Report of the Municipal Commissioner on the plague in Bombay for the year ending 31st May... - Volume 1
Disease focus: Plague
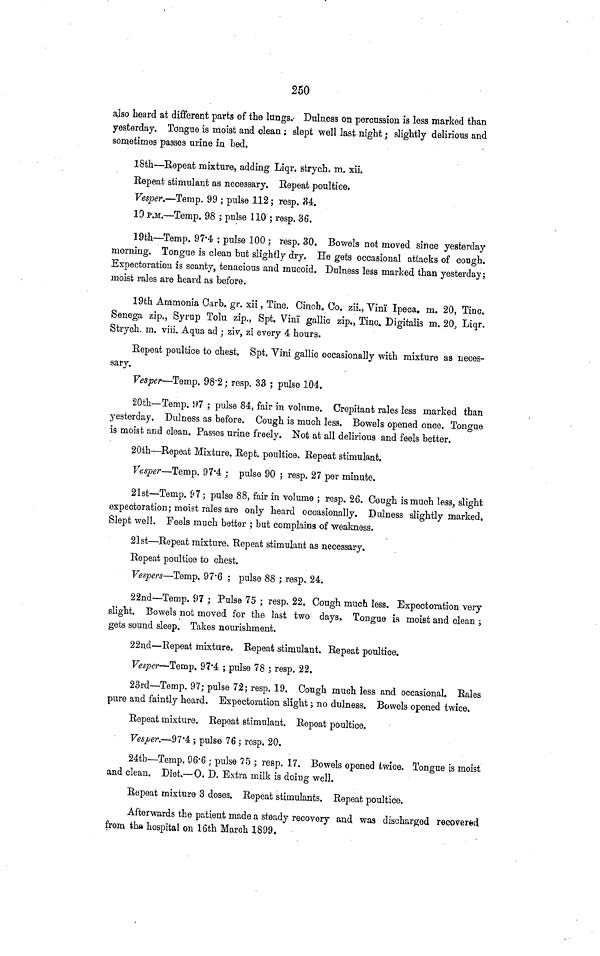
250
also heard at different parts of the lungs. Dulness on percussion is less marked than
yesterday. Tongue is moist and olean ; slept well last night ; slightly delirious and
sometimes passes urine in bed.
18th—Repeat mixture, adding Liqr. strych. m. xii.
Repeat stimulant as necessary. Repeat poultice.
Vesper.—Temp. 99 ; pulse 112 ; resp. 34.
10 P.M.—Temp. 98 ; pulse 110 ; resp. 36.
19th—Temp. 97·4 ; pulse 100; resp. 30. Bowels not moved since yesterday
morning. Tongue is clean but slightly dry. He gets occasional attacks of cough.
Expectoration is scanty, tenacious and mucoid. Dulness less marked than yesterday ;
moist rales are heard as before.
19th Ammonia Carb. gr. xii, Tine. Cinch. Co. zii., Vinï Ipeca. m. 20, Tino.
Senega zip., Syrup Tohu zip., Spt. Vinï gallic zip., Tinc. Digitalis m. 20, Liqr.
Strych. in. viii. Aqua ad ; ziv, zi every 4 hours.
Repeat poultice to chest. Spt. Vini gallic occasionally with mixture as neces-
sary.
Vesper—Temp. 98·2 ; resp. 33 ; pulse 104.
20th—Temp. 97 ; pulse 84, fair in volume. Crépitant rales less marked than
yesterday. Dulness as before. Cough is much less. Bowels opened once. Tongue
is moist and clean. Passes urine freely. Not at all delirious and feels better.
20th—Repeat Mixture. Rept. poultice. Repeat stimulant.
Vesper—Temp. 97·4 ; pulse 90 ; resp. 27 per minute.
21st—Temp. 97 ; pulse 88, fair in volume ; resp. 26. Cough is much less, slight
expectoration ; moist rales are only heard occasionally. Dulness slightly marked.
Slept well. Feels much better ; but complains of weakness.
21st—Repeat mixture. Repeat stimulant as necessary.
Repeat poultice to chest.
Vespers—Temp. 97·6 ; pulse 88 ; resp. 24.
22nd—Temp. 97 ; Pulse 75 ; resp. 22. Cough much less. Expectoration very
slight. Bowels not moved for the last two days. Tongue is moist and clean ;
gets sound sleep. Takes nourishment.
22nd—Repeat mixture. Repeat stimulant. Repeat poultice.
Vesper—Temp. 97·4 ; pulse 78 ; resp, 22.
23rd—Temp. 97; pulse 72; resp. 19. Cough much less and occasional. Rales
pure and faintly heard. Expectoration slight ; no dulness. Bowels opened twice.
Repeat mixture. Repeat stimulant. Repeat poultice.
Vesper.—97·4 ; pulse 76 ; resp. 20.
24tb—Temp. 96·6 ; pulse 75 ; resp. 17. Bowels opened twice. Tongue is moist
and clean. Diet.—O. D. Extra milk is doing well.
Repeat mixture 3 doses. Repeat stimulants. Repeat poultice.
Afterwards the patient made a steady recovery and was discharged recovered
from the hospital on 16th March 1899.